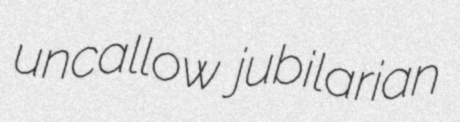
uncallow jubilarian